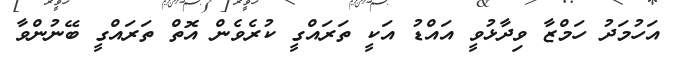
އަހުމަދު ހަމްޒާ ވިދާޅުވީ އައްޑު އަކީ ތަރައްގީ ކުރެވެން އޮތް ތަރައްގީ ބޭނުންވާ